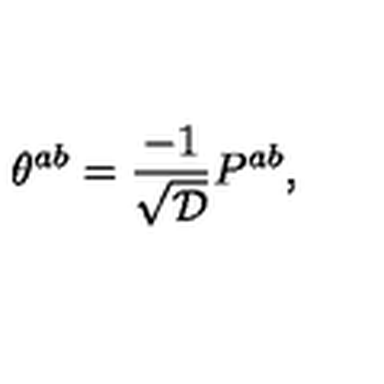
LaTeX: \theta ^ { a b } = { \frac { - 1 } { \sqrt { \cal D } } } P ^ { a b } ,